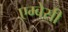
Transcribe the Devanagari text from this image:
एम्‍बेसी